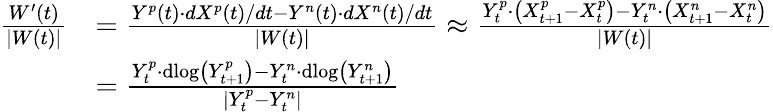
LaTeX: \begin{array}{rl}{\frac{W^{\prime}(t)}{\lvert W(t)\rvert}}&{=\frac{Y^{p}(t)\cdot dX^{p}(t)/dt-Y^{n}(t)\cdot dX^{n}(t)/dt}{\lvert W(t)\rvert}\approx\frac{Y_{t}^{p}\cdot\left(X_{t+1}^{p}-X_{t}^{p}\right)-Y_{t}^{n}\cdot\left(X_{t+1}^{n}-X_{t}^{n}\right)}{\lvert W(t)\rvert}}\\ &{=\frac{Y_{t}^{p}\cdot\mathrm{dlog}\left(Y_{t+1}^{p}\right)-Y_{t}^{n}\cdot\mathrm{dlog}\left(Y_{t+1}^{n}\right)}{\lvert Y_{t}^{p}-Y_{t}^{n}\rvert}}\end{array}